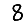
Digit: 8